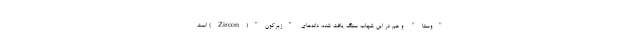
"وستا" و هم در این شهاب سنگ یافت شده، دانه‌های "زیرکون"(Zircon) است